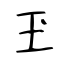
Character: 玊